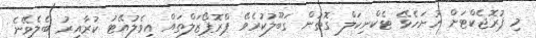
މި ޕުރޮޖެކްޓަށް ހުށަހެޅޭ ޓެކްނިކަލް ގޮތުން ގަބޫލުކުރެވޭ ޕްރޮޕޯޒަލްތައް އިވެލުއޭޓު ކުރާއިރު ބެލެވޭނެ